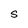
Character: S